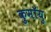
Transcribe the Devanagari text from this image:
कुमॉयु